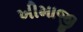
ખીમાજી